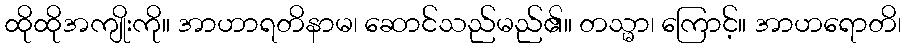
ထိုထိုအကျိုးကို။ အာဟာရတိနာမ၊ ဆောင်သည်မည်၏။ တသ္မာ၊ ကြောင့်။ အာဟရောတိ၊